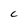
Character: C